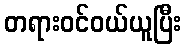
တရားဝင်ဝယ်ယူပြီး